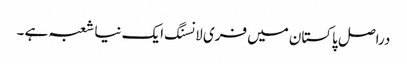
دراصل پاکستان میں فری لانسنگ ایک نیا شعبہ ہے ۔